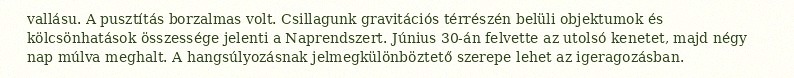
vallásu. A pusztítás borzalmas volt. Csillagunk gravitációs térrészén belüli objektumok és kölcsönhatások összessége jelenti a Naprendszert. Június 30-án felvette az utolsó kenetet, majd négy nap múlva meghalt. A hangsúlyozásnak jelmegkülönböztető szerepe lehet az igeragozásban.